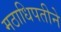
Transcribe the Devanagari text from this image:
मठाधिपतीने